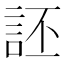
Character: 𫌶